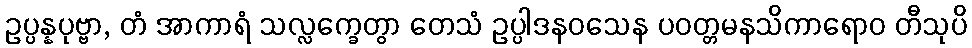
ဥပ္ပန္နပုဗ္ဗာ, တံ အာကာရံ သလ္လက္ခေတွာ တေသံ ဥပ္ပါဒနဝသေန ပဝတ္တမနသိကာရောဝ တီသုပိ